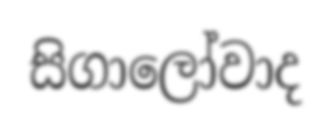
සිගාලෝවාද